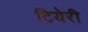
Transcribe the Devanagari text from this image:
टियेरी